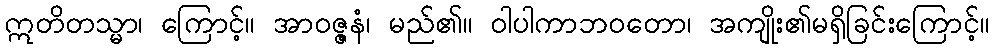
ဣတိတသ္မာ၊ ကြောင့်။ အာဝဇ္ဇနံ၊ မည်၏။ ဝါပါကာဘဝတော၊ အကျိုး၏မရှိခြင်းကြောင့်။